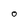
Character: 0